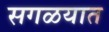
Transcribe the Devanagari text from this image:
सगळयात